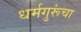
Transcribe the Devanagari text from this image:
धर्मगुरूंचा